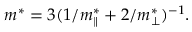
m ^ { * } = 3 ( 1 / m _ { \parallel } ^ { * } + 2 / m _ { \perp } ^ { * } ) ^ { - 1 } .